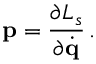
{ \bf p } = \frac { \partial { \cal L } _ { s } } { \partial \dot { \bf q } } \, .